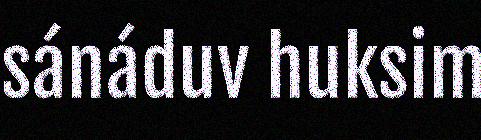
sánáduv huksim